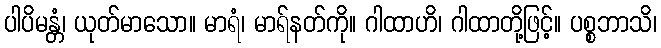
ပါပိမန္တံ၊ ယုတ်မာသော။ မာရံ၊ မာရ်နတ်ကို။ ဂါထာဟိ၊ ဂါထာတို့ဖြင့်။ ပစ္စဘာသိ၊